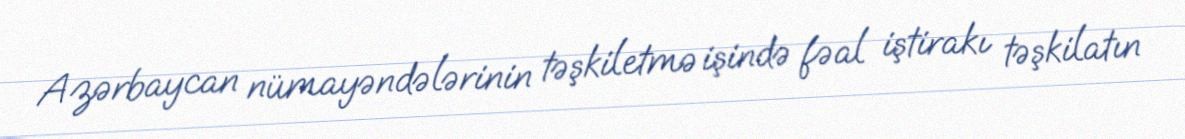
Azərbaycan nümayəndələrinin təşkiletmə işində fəal iştirakı təşkilatın